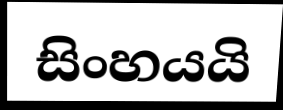
සිංහයයි